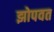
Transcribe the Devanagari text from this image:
झोपवत